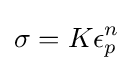
\sigma =K\epsilon _{p}^{n}\,\!